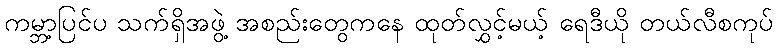
ကမ္ဘာ့ပြင်ပ သက်ရှိအဖွဲ့ အစည်းတွေကနေ ထုတ်လွှင့်မယ့် ရေဒီယို တယ်လီစကုပ်